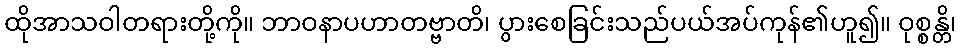
ထိုအာသဝါတရားတို့ကို။ ဘာဝနာပဟာတဗ္ဗာတိ၊ ပွားစေခြင်းသည်ပယ်အပ်ကုန်၏ဟူ၍။ ဝုစ္စန္တိ၊